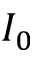
I _ { 0 }